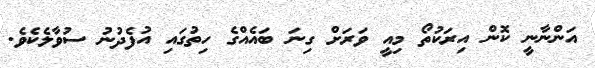
އަންނާނީ ކޮން އިރަކުތޯ މިއީ ވަރަށް ގިނަ ބައެއްގެ ހިތުގައި އުފެދުނު ސުވާލެކެވެ.